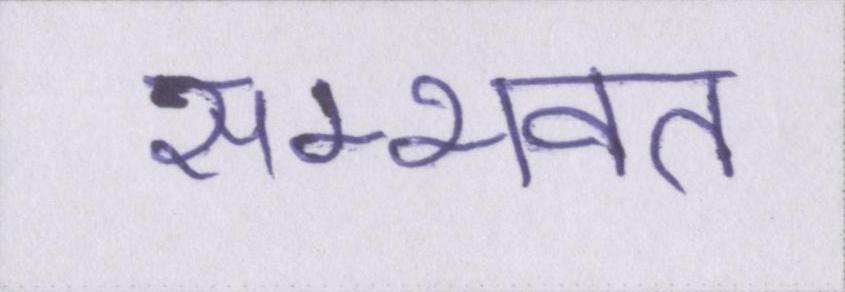
सम्भवत